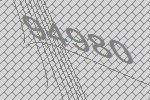
94980